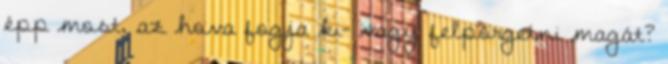
épp most, az hova fogja ki- vagy felpörgetni magát?